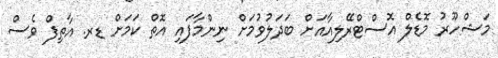
މަޝްހޫރު މޮޑެލް އޮސްޓްރޭލިއާއަށް ބަދަލުވުމަށް ނިންމާފައި އޮތް ކަމަށް ޑރ. އާތިފް ވެސް